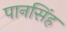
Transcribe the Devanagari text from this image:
पानसिंह